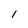
Character: 1